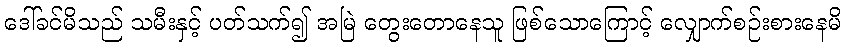
ဒေါ်ခင်မိသည် သမီးနှင့် ပတ်သက်၍ အမြဲ တွေးတောနေသူ ဖြစ်သောကြောင့် လျှောက်စဉ်းစားနေမိ